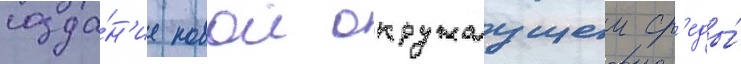
созда́н'ие новои окружаущеи ср'еды́